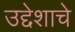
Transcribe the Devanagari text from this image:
उद्देशाचे